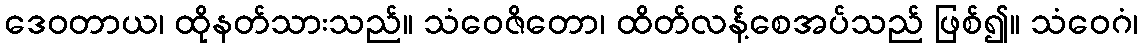
ဒေဝတာယ၊ ထိုနတ်သားသည်။ သံဝေဇိတော၊ ထိတ်လန့်စေအပ်သည် ဖြစ်၍။ သံဝေဂံ၊